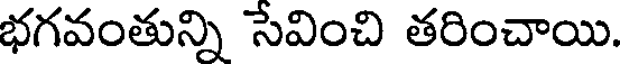
భగవంతున్ని సేవించి తరించాయి.